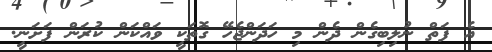
އެ ފަތް ނުލިބިގެން ދެން މި ހަދަންޖެހޭ ގޮތަކީ ވައްކަން ކުރަން ފަށަނީ.